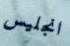
انجليس